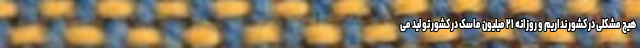
هیچ مشکلی در کشور نداریم و روزانه ۲۱ میلیون ماسک در کشور تولید می